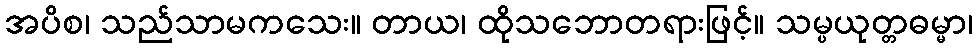
အပိစ၊ သည်သာမကသေး။ တာယ၊ ထိုသဘောတရားဖြင့်။ သမ္ပယုတ္တဓမ္မာ၊